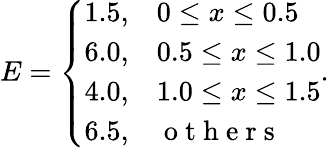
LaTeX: E=\left\{ \begin{array}{ll}{1.5,}&{0\le x\le 0.5}\\ {6.0,}&{0.5\le x\le 1.0}\\ {4.0,}&{1.0\le x\le 1.5}\\ {6.5,}&{\mathrm{~o~t~h~e~r~s~}}\end{array}\right..